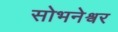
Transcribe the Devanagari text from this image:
सोभनेश्वर